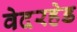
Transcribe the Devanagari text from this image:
वेदरहेड